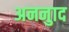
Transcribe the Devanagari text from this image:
अननुाद